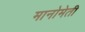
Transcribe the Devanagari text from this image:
मानोमेती